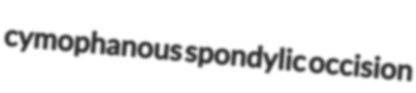
cymophanous spondylic occision